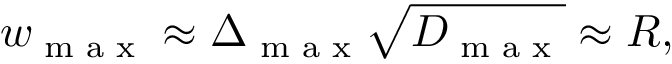
w _ { \textrm { m a x } } \approx \Delta _ { \textrm { m a x } } \sqrt { D _ { \textrm { m a x } } } \approx R ,